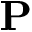
{ \bf P }